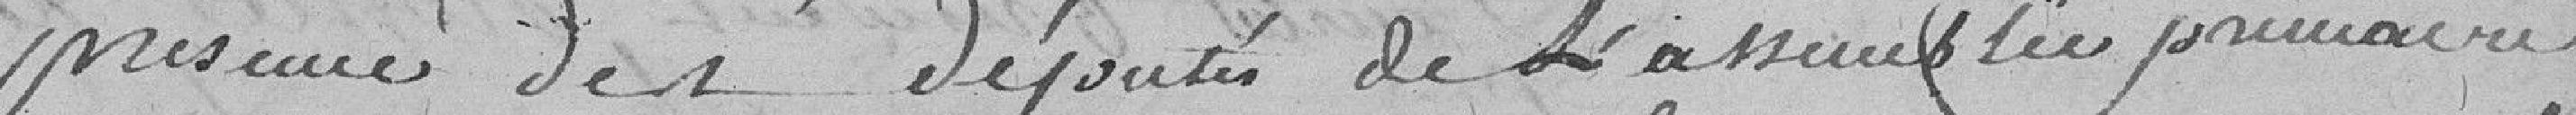
présence des députés de l'assemblée primaire